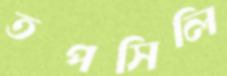
তপসিলি